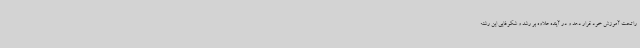
را تحت آموزش خود قرار دهد و در آینده علاوه بر رشد و شکوفایی این رشته